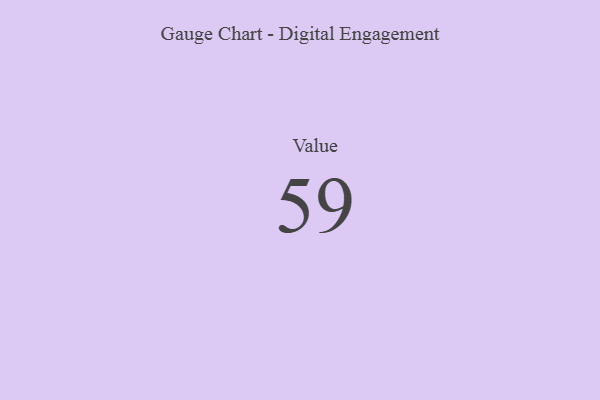
{"axis": {"x": "Metric", "y": "Value"}, "legend": [""], "data": [{"x": "Value", "y": 59, "type": ""}]}